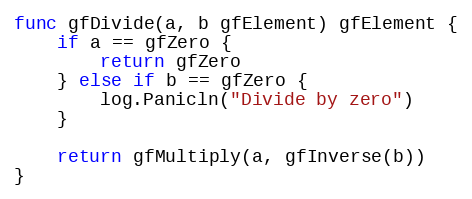
Language: Go
func gfDivide(a, b gfElement) gfElement {
	if a == gfZero {
		return gfZero
	} else if b == gfZero {
		log.Panicln("Divide by zero")
	}

	return gfMultiply(a, gfInverse(b))
}